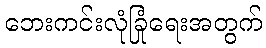
ဘေးကင်းလုံခြုံရေးအတွက်